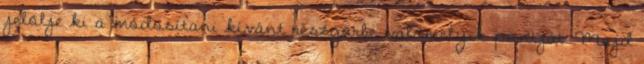
jelölje ki a módosítani kívánt részgörbe valamelyik pontját. Majd